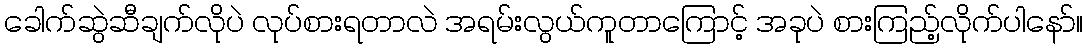
ခေါက်ဆွဲဆီချက်လိုပဲ လုပ်စားရတာလဲ အရမ်းလွယ်ကူတာကြောင့် အခုပဲ စားကြည့်လိုက်ပါနော်။